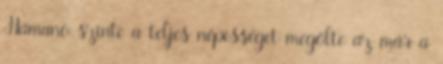
Hamano szinte a teljes népességet megölte az már a